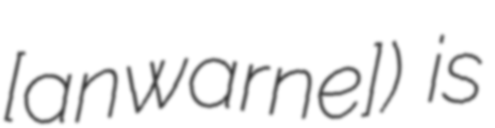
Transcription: [ɬanwarne]) is